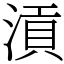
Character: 𣹟